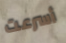
أسرعت